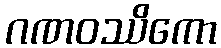
ဂဏဝဿိကော